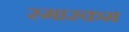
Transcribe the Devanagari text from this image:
स्मारकम